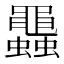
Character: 𧕵